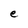
Character: e